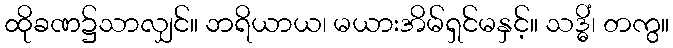
ထိုခဏ၌သာလျှင်။ ဘရိယာယ၊ မယားအိမ်ရှင်မနှင့်။ သဒ္ဓိံ၊ တကွ။